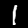
Label: 1